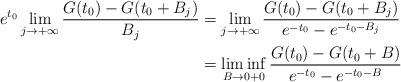
LaTeX: \begin{align*}e^{t_0}\lim_{j\rightarrow+\infty}\frac{G(t_0)-G(t_0+B_j)}{B_j}&=\lim_{j\to+\infty}\frac{G(t_0)-G(t_0+B_j)}{e^{-t_0}-e^{-t_0-B_j}}\\&=\liminf_{B\to0+0}\frac{G(t_0)-G(t_0+B)}{e^{-t_0}-e^{-t_0-B}} \end{align*}